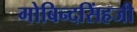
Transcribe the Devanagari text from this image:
गोबिन्दसिंहजी